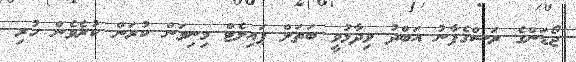
ޖޯޑަންގެ ރަސްގެފާނު އަބްދު ވިދާޅުވީ ބަތަލް ޕައިލެޓް މިނިވަން ކުރަން ކުރެވެން ހުރި